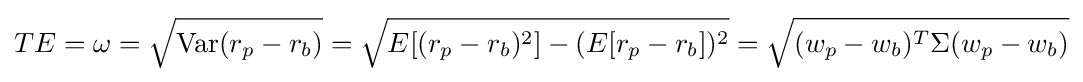
TE=\omega ={\sqrt {\operatorname {Var} (r_{p}-r_{b})}}={\sqrt {{E}[(r_{p}-r_{b})^{2}]-({E}[r_{p}-r_{b}])^{2}}}={\sqrt {(w_{p}-w_{b})^{T}\Sigma (w_{p}-w_{b})}}